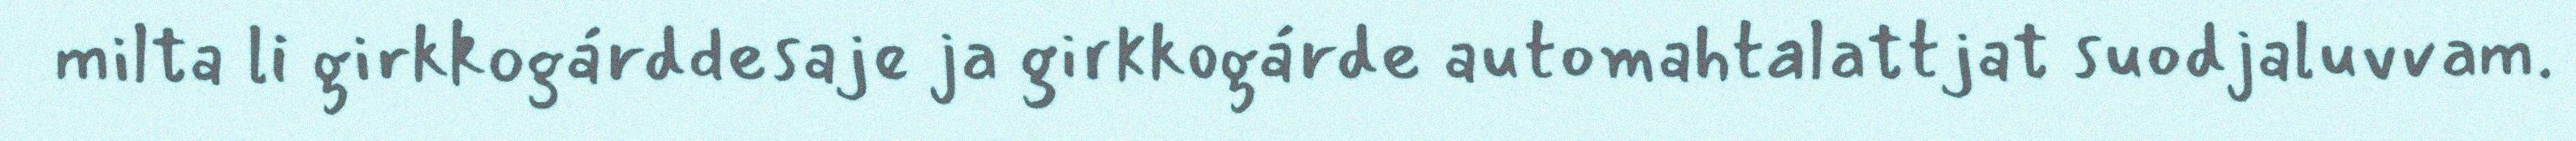
milta li girkkogárddesaje ja girkkogárde automahtalattjat suodjaluvvam.